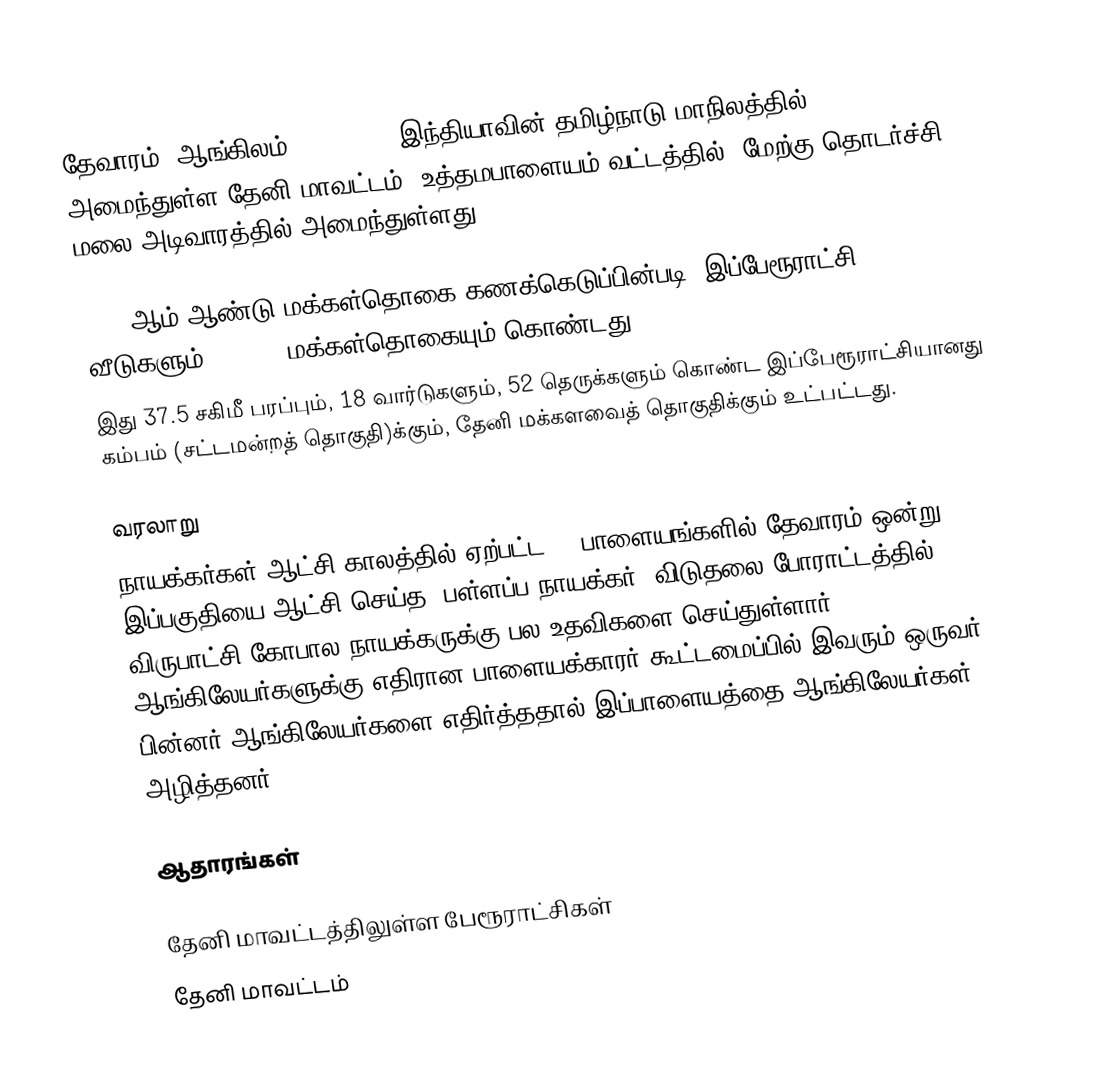
தேவாரம் (ஆங்கிலம்:Thevaram), இந்தியாவின் தமிழ்நாடு மாநிலத்தில் அமைந்துள்ள தேனி மாவட்டம்,  உத்தமபாளையம் வட்டத்தில், மேற்கு தொடர்ச்சி மலை அடிவாரத்தில் அமைந்துள்ளது.

2011-ஆம் ஆண்டு மக்கள்தொகை கணக்கெடுப்பின்படி,   இப்பேரூராட்சி 4,225 வீடுகளும், 16,079      மக்கள்தொகையும் கொண்டது.
இது 37.5 சகிமீ பரப்பும்,   18  வார்டுகளும், 52 தெருக்களும் கொண்ட இப்பேரூராட்சியானது கம்பம் (சட்டமன்றத் தொகுதி)க்கும், தேனி மக்களவைத் தொகுதிக்கும் உட்பட்டது.

வரலாறு
 நாயக்கர்கள்  ஆட்சி காலத்தில் ஏற்பட்ட 72 பாளையங்களில் தேவாரம்   ஒன்று . இப்பகுதியை ஆட்சி செய்த  “பள்ளப்ப நாயக்கர்” விடுதலை போராட்டத்தில்  விருபாட்சி கோபால நாயக்கருக்கு பல உதவிகளை செய்துள்ளார். ஆங்கிலேயர்களுக்கு எதிரான பாளையக்காரர் கூட்டமைப்பில் இவரும் ஒருவர் . பின்னர் ஆங்கிலேயர்களை எதிர்த்ததால் இப்பாளையத்தை ஆங்கிலேயர்கள் அழித்தனர்.

ஆதாரங்கள்

தேனி மாவட்டத்திலுள்ள பேரூராட்சிகள்
தேனி மாவட்டம்